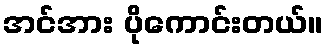
အင်အား ပိုကောင်းတယ်။